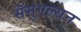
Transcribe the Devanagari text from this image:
सॅमुएल्सन